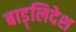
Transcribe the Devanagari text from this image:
बाड़्लिदेश